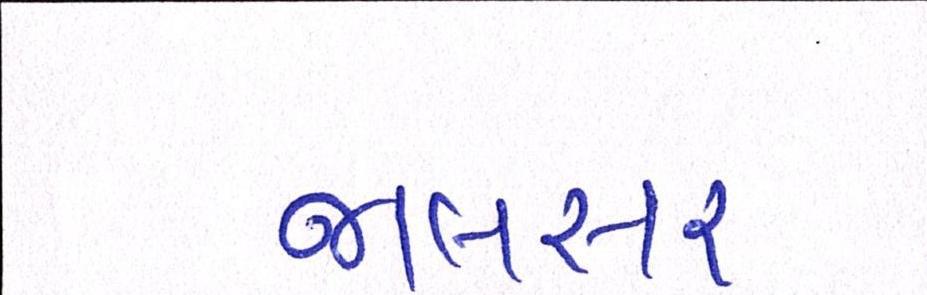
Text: જાલસર